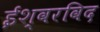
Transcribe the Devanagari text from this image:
ईश्वरविद